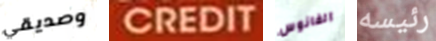
وصديقي CREDIT الفانوس رئيسه